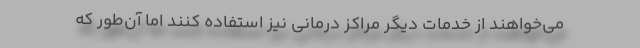
می‌خواهند از خدمات دیگر مراکز درمانی نیز استفاده کنند اما آن‌طور که